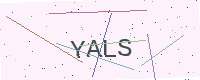
Text: YALS